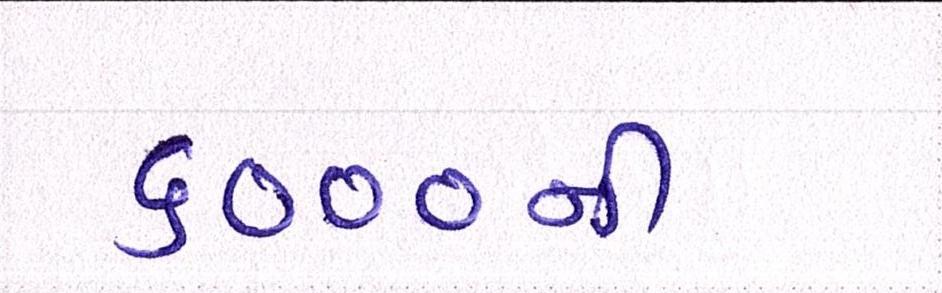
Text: ૬૦૦૦ની